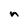
Character: n